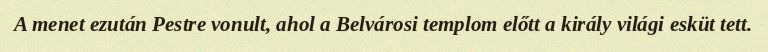
A menet ezután Pestre vonult, ahol a Belvárosi templom előtt a király világi esküt tett.